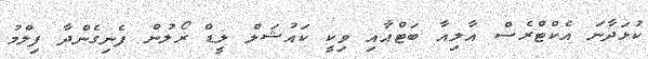
ކުޅަދާނަ އެކްޓްރެސް އާލިއާ ބަޓްއާއި ވިކީ ކައުޝަލް ލީޑް ރޯލުން ފެނިގެންދާ ފިލްމު